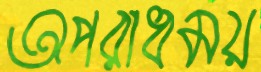
অপরাধময়